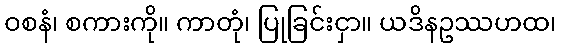
ဝစနံ၊ စကားကို။ ကာတုံ၊ ပြုခြင်းငှာ။ ယဒိနဥဿဟထ၊